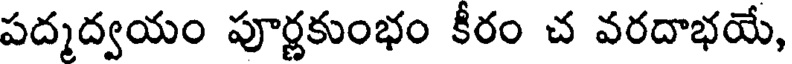
పద్మద్వయం పూర్ణకుంభం కీరం చ వరదాభయే,